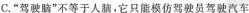
C.”驾驶脑”不等于人脑，它只能模仿驾驶员驾驶汽车